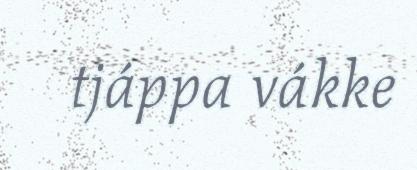
tjáppa vákke